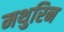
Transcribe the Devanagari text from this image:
मथुरिन